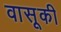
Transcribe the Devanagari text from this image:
वासूकी